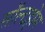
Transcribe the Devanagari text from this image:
सॉल्टहोम